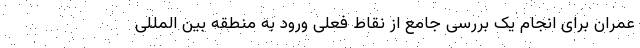
عمران برای انجام یک بررسی جامع از نقاط فعلی ورود به منطقه بین المللی